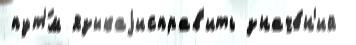
пут'́м языкаjисправ'ить значе́н'ий